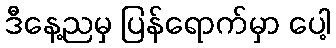
ဒီနေ့ညမှ ပြန်ရောက်မှာ ပေါ့